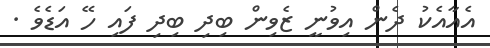
އެއާާއެކު ދެން އިވުނީ ޒެވިން ބިދި ބިދި ފައި ހޭ އަޑެވެ .